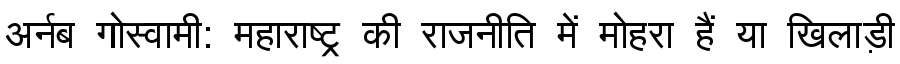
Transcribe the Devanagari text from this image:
अर्नब गोस्वामी: महाराष्ट्र की राजनीति में मोहरा हैं या खिलाड़ी